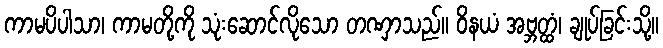
ကာမပိပါသာ၊ ကာမတို့ကို သုံးဆောင်လိုသော တဏှာသည်။ ဝိနယံ အဗ္ဘတ္ထံ၊ ချုပ်ခြင်းသို့။